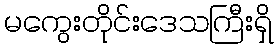
မကွေးတိုင်းဒေသကြီးရှိ